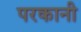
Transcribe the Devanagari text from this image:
परकानी